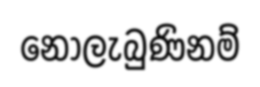
නොලැබුණිනම්